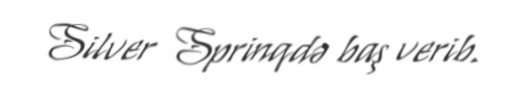
Silver Sprinqdə baş verib.